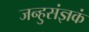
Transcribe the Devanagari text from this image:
जन्हुसंज्ञकं